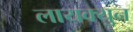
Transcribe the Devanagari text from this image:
लायक्युन